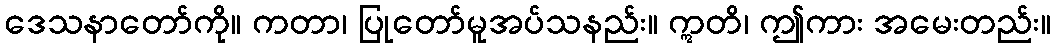
ဒေသနာတော်ကို။ ကတာ၊ ပြုတော်မူအပ်သနည်း။ ဣတိ၊ ဤကား အမေးတည်း။